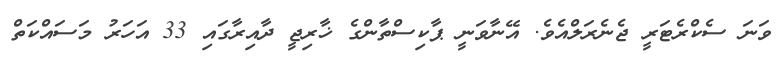
ވަނަ ސެކްރެޓަރީ ޖެނެރަލްއެވެ. އޭނާވަނީ ޕާކިސްތާންގެ ޚާރިޖީ ދާއިރާގައި 33 އަހަރު މަސައްކަތް